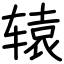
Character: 辕